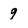
Character: 9